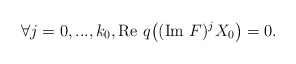
\begin{align*}\forall j=0,...,k_0, \textrm{Re }q\big((\textrm{Im } F)^j X_0\big)=0. \end{align*}